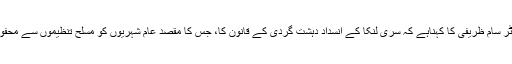
تنظیم کے ایشیاء بحرالکاہل کے علاقے کے ڈائریکٹر سام ظریفی کا کہناہے کہ سری لنکا کے انسداد دہشت گردی کے قانون کا، جس کا مقصد عام شہریوں کو مسلح تنظیموں سے محفوظ رکھناہے، اکثر اوقات غلط استعمال کیا جاتا ہے۔